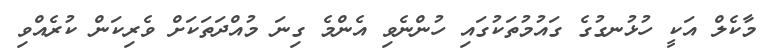
މާކެލް އަކީ ހުޅުނގުގެ ގައުމުތަކުގައި ހުންނެވި އެންމެ ގިނަ މުއްދަތަކަށް ވެރިކަން ކުރެއްވި